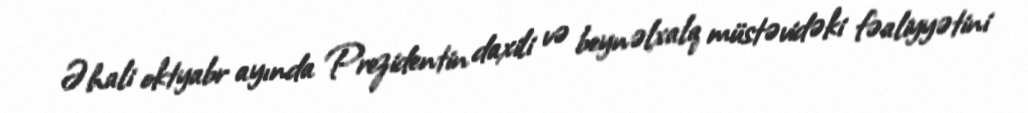
Əhali oktyabr ayında Prezidentin daxili və beynəlxalq müstəvidəki fəaliyyətini